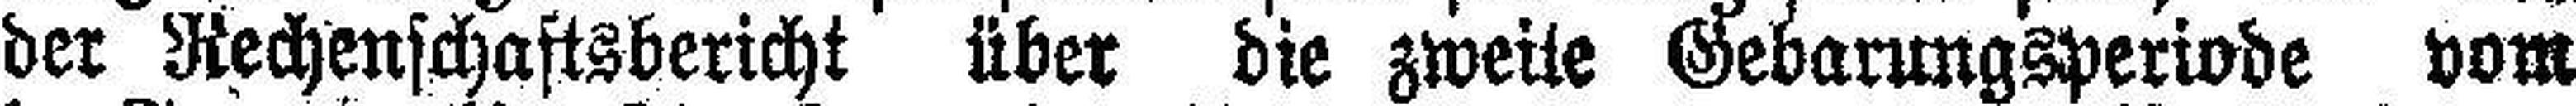
der Rechenschaftsbericht über die zweite Gebarungsperiode vom